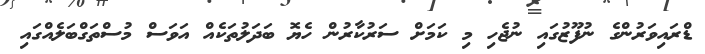
ޑްރައިވަރުންގެ ނުފޫޒުގައި ނުޖެހި މި ކަމަށް ސަރުކާރުން ހެޔޮ ބަދަލުތަކެއް އަވަސް މުސްތަގްބަލެއްގައި